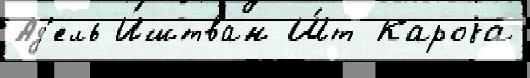
Ад'ель Иштван Ш́т Кароjа